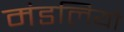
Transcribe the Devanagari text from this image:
मंडलियो